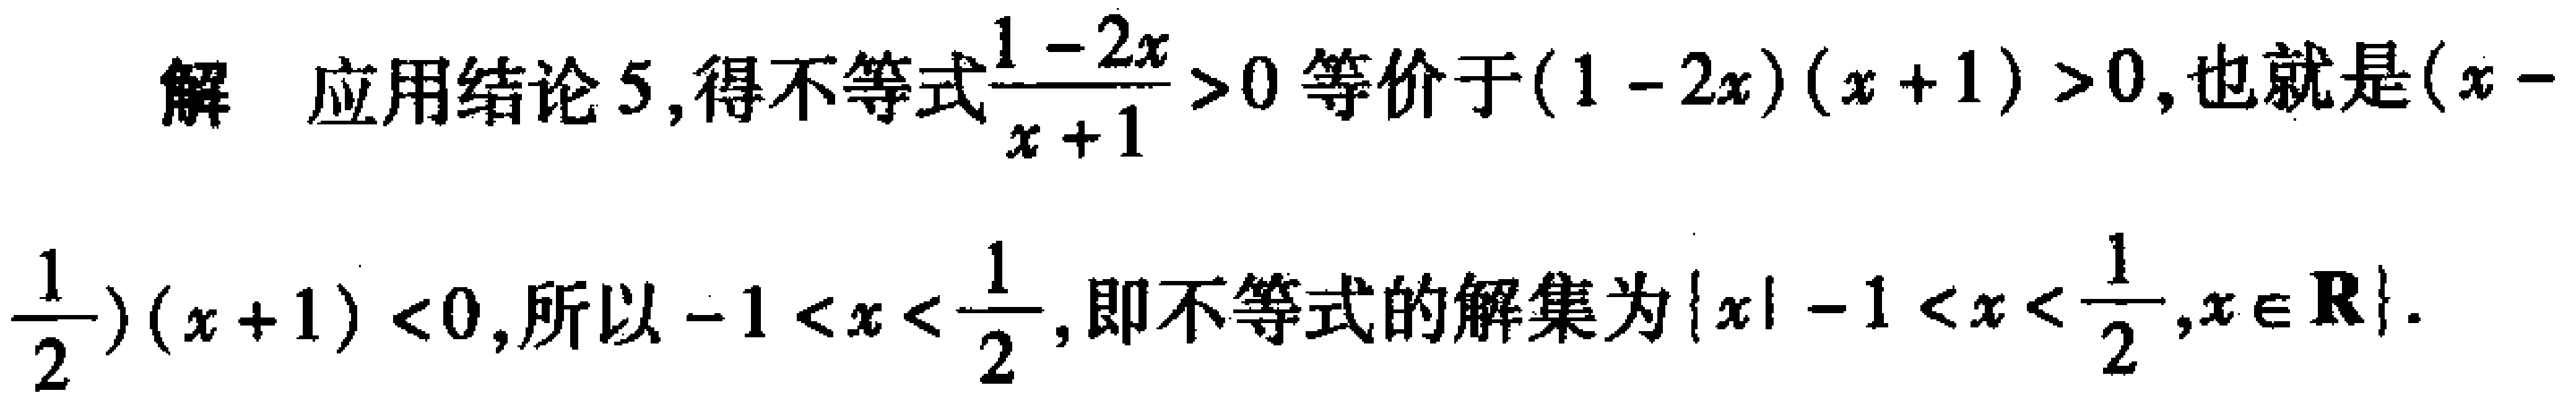
解 应用结论 5, 得不等式$\frac{1 - 2x}{x + 1}>0$等价于$(1 - 2x)(x + 1)>0$, 也就是$(x - \frac{1}{2})(x + 1)<0$, 所以$-1<x<\frac{1}{2}$, 即不等式的解集为$\{x|-1<x<\frac{1}{2},x\in \mathbb{R}\}$.